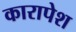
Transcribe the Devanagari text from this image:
कारापेश